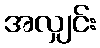
အလျှင်း